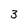
Character: 3